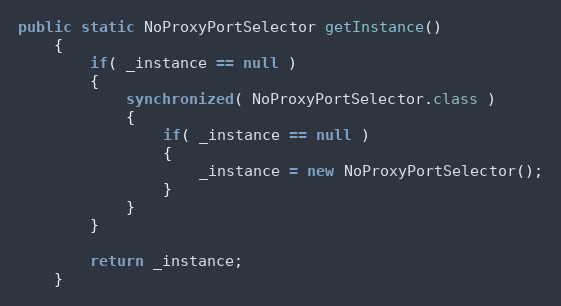
Language: Java
public static NoProxyPortSelector getInstance()
    {
        if( _instance == null )
        {
            synchronized( NoProxyPortSelector.class )
            {
                if( _instance == null )
                {
                    _instance = new NoProxyPortSelector();
                }
            }
        }

        return _instance;
    }